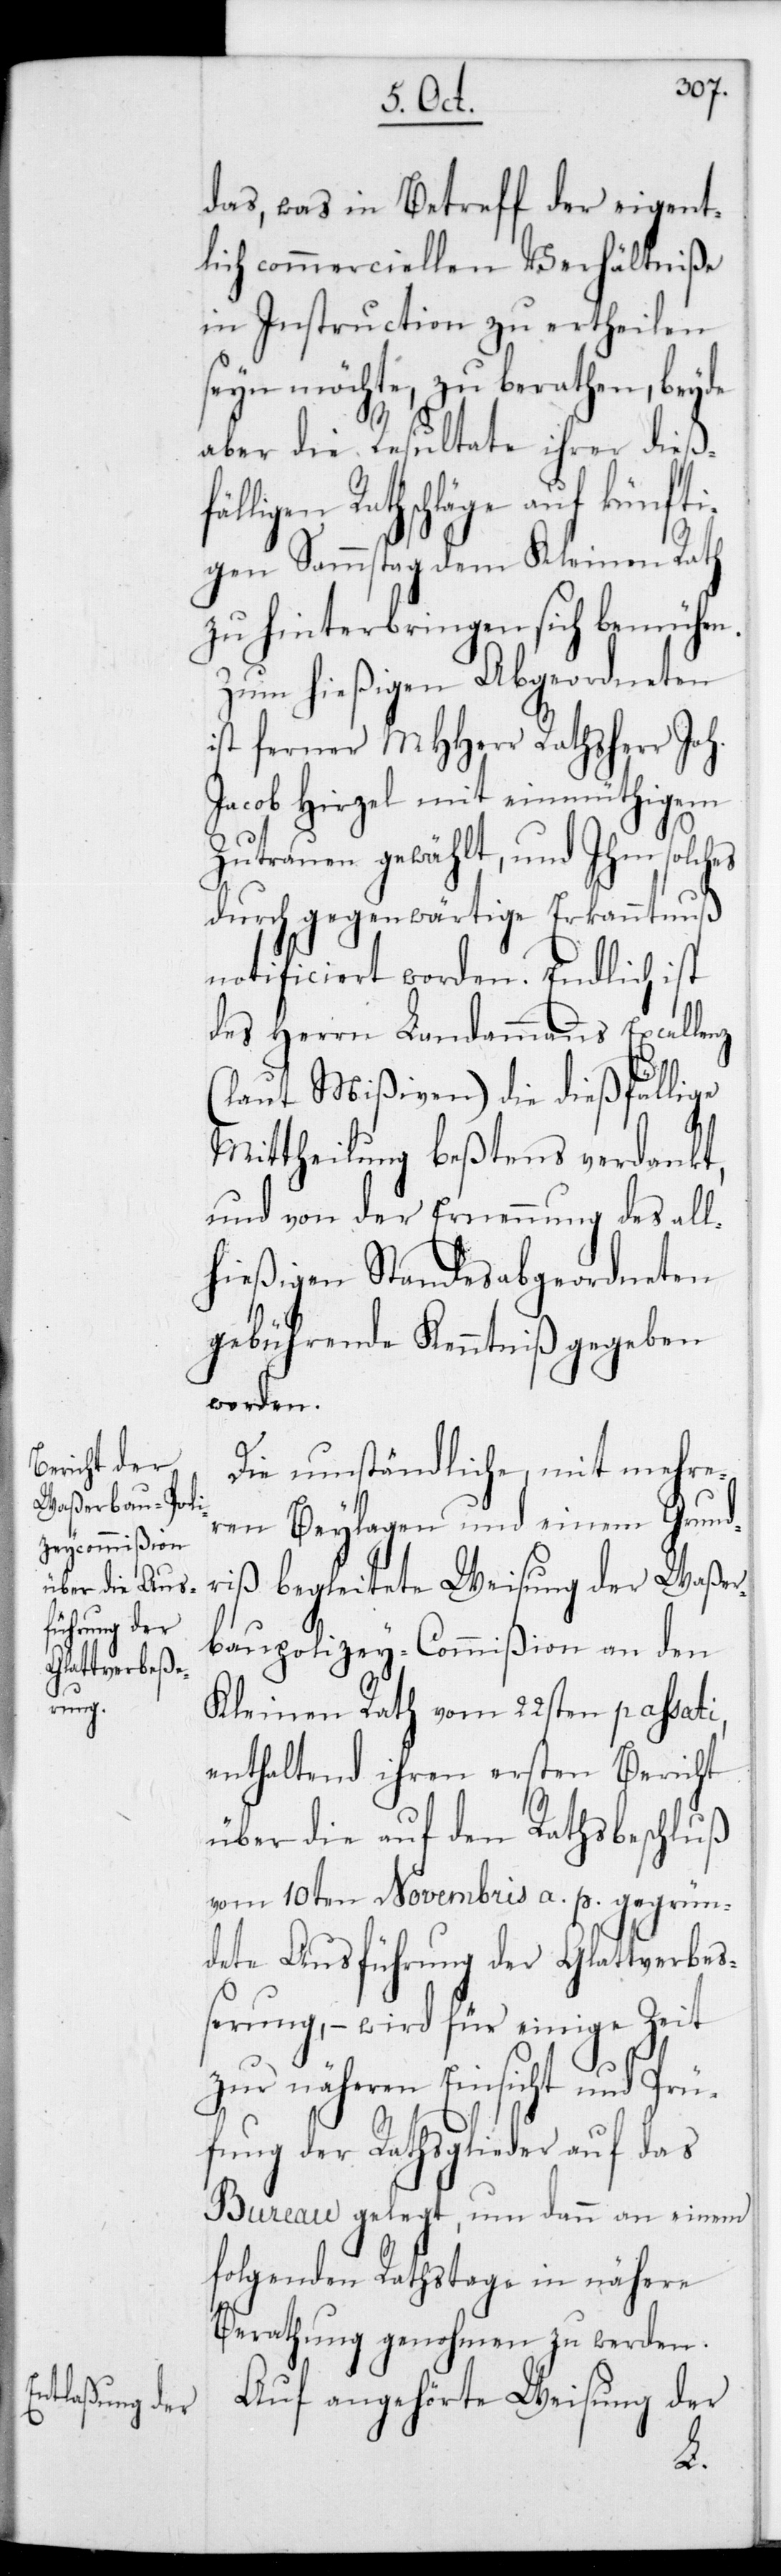
nz,(l¬
das, was in Betreff der eigent¬
lich commerciellen Verhältniße
in Instruction zu ertheilen
seyn möchte, zu berathen, beyde
aber die Resultate ihrer dießf¬
älligen Rathschläge auf künfti¬
gen Sammstag dem Kleinen Rath
zu hinterbringen sich bemühen.
Zum hießigen Abgeordneten
ist ferner MHHerr Rathsherr Joh.
Jacob Hirzel mit einmüthigem
Zutrauen gewählt, und ihm solches
durch gegenwärtige Erkanntnuß
notificiert worden. Endlich ist
des Herrn Landammanns Excelle¬
aut Mißiven) die dießfällige
Mittheilung beßtens verdankt,
und von der Ernennung des all¬
hießigenStandesabgeordneten
gebührende Kenntniß gegeben
worden.
Die umständliche, mit mehre¬
ren Beylagen und einem Grund¬
riß begleitete Weisung der Waßer¬
baupolizey-Commißion an den
Kleinen Rath vom 22sten passati,
enthaltend ihren ersten Bericht
über die auf den Rathsbeschluß
vom 10ten Novembris a. p. gegrün¬
dete Ausführung der Glattverbe¬
ßerung, – wird für einige Zeit
zur näheren Einsicht und Prü¬
fung der Rathsglieder auf das
Bureau gelegt, um dann an einem
folgenden Rathstage in nähere
Berathung genohmen zu werden.
Auf angehörte Weisung der